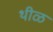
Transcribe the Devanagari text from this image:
थीळ